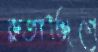
রুতাঞ্জিগে